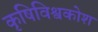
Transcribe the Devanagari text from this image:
कृषिविश्वकोश